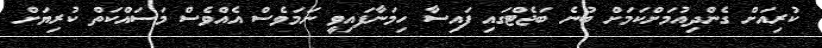
ކުރިއަށް ގެންދިއުމަށްކަމަށް ބުނެ ބަޖެޓްގައި ފައިސާ ހިމަނާފައިވީ ނަމަވެސް އެއްވެސް މަސައްކަތް ކުރިޔަށް